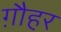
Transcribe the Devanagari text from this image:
ग़ौहर